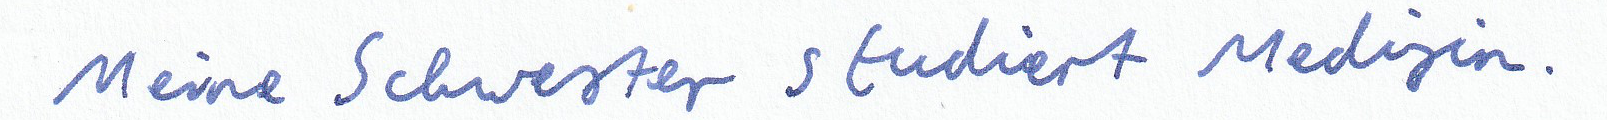
Meine Schwester studiert Medizin.